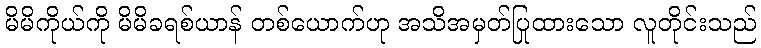
မိမိကိုယ်ကို မိမိခရစ်ယာန် တစ်ယောက်ဟု အသိအမှတ်ပြုထားသော လူတိုင်းသည်